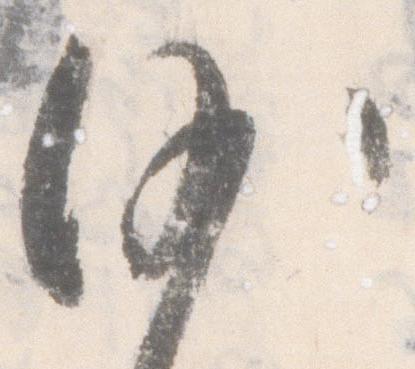
沙